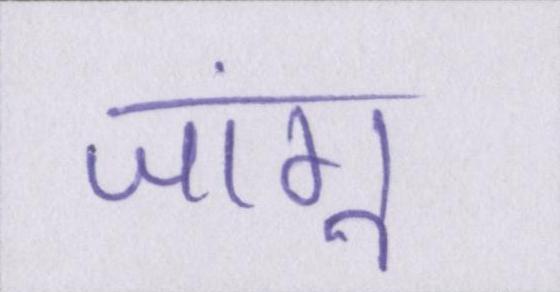
जांगू